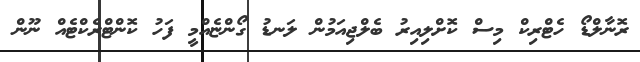
ރޮނާލްޑޯ ހެޓްރިކް މިސް ކޮށްލިއިރު ބެލްޖިއަމުން ލަނޑު ގޯންޏެއްމީ ފަހު ކޮންޓްރެކްޓެއް ނޫން